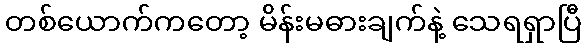
တစ်ယောက်ကတော့ မိန်းမဓားချက်နဲ့ သေရရှာပြီ